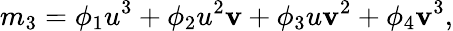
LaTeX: m_{3}=\phi_{1}u^{3}+\phi_{2}u^{2}\mathbf{v}+\phi_{3}u\mathbf{v}^{2}+\phi_{4}\mathbf{v}^{3},